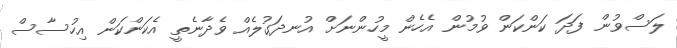
ލަސްވުން ފަދަ ކަންކަން ވުމުން އެހެން މީހުންނަށް އުނދަގުލެއް ވެދާނެތީ އެކަންކަން އިހުސާސް